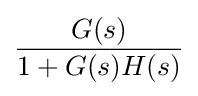
{\frac {G(s)}{1+G(s)H(s)}}